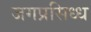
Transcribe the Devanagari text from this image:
जगप्रसिध्ध